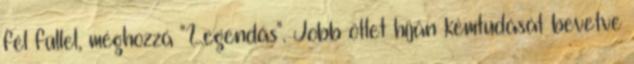
fél füllel, méghozzá "Legendás". Jobb ötlet híján kémtudását bevetve